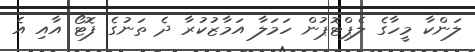
ލަންކާ މީހާގެ ލެޕްޓޮޕުން ހަމަލާ އަމާޒުކުރާ ދެ ތަނުގެ ފޮޓޯ އާއި އެ